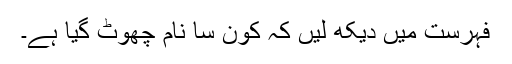
فہرست میں دیکھ لیں کہ کون سا نام چھوٹ گیا ہے۔